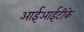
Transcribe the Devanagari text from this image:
आईआईटीके